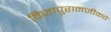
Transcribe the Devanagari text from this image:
विजापुरानजीकचे